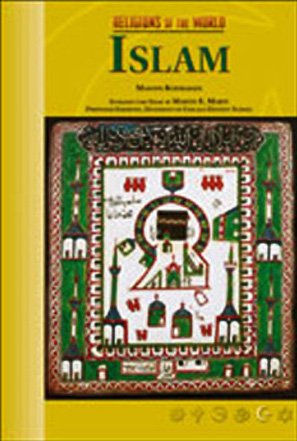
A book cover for Islam (Rel O/T Wld) (Religions of the World (Chelsea House Hardcover)); Masoud Kheirabadi; Teen & Young Adult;